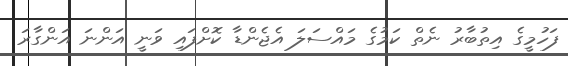
ފަހުމީގެ އިތުބާރު ނެތް ކަމުގެ މައްސަލަ އެޖެންޑާ ކޮށްފައި ވަނީ އަންނަ އަންގާރަ